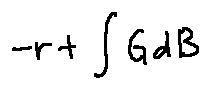
- r + \int G d B